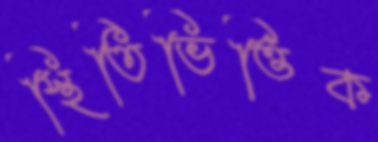
স্থিতিভিত্তিক